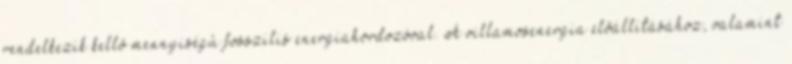
rendelkezik kellõ mennyiségû fosszilis energiahordozóval. A villamosenergia elõállításához, valamint